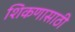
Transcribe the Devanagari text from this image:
शिकणासाठी